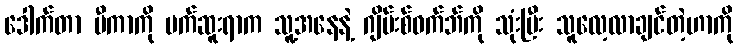
ဒေါက်တာ မီကာကို မက်ဆူးရာက သူ့အနေနဲ့ ဂျိမ်းစ်ဝက်ဘ်ကို သုံးပြီး သူလေ့လာချင်တဲ့ဟာကို